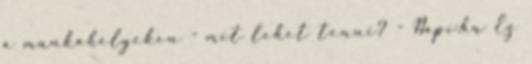
a munkahelyeken - mit lehet tenni? - Napi.hu Ez